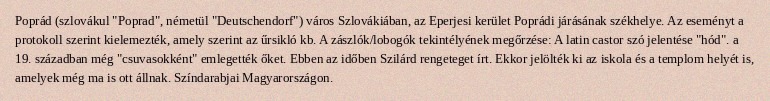
Poprád (szlovákul "Poprad", németül "Deutschendorf") város Szlovákiában, az Eperjesi kerület Poprádi járásának székhelye. Az eseményt a protokoll szerint kielemezték, amely szerint az űrsikló kb. A zászlók/lobogók tekintélyének megőrzése: A latin castor szó jelentése "hód". a 19. században még "csuvasokként" emlegették őket. Ebben az időben Szilárd rengeteget írt. Ekkor jelölték ki az iskola és a templom helyét is, amelyek még ma is ott állnak. Színdarabjai Magyarországon.